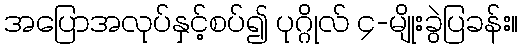
အပြောအလုပ်နှင့်စပ်၍ ပုဂ္ဂိုလ် ၄-မျိုးခွဲပြခန်း။